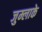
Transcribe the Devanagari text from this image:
जुम्लाके